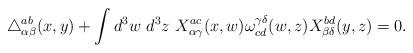
LaTeX: \begin{align*}\triangle_{\alpha \beta}^{ab} (x,y) + \int d^3 w~ d^3 z~ X_{\alpha \gamma}^{ac} (x,w) \omega^{\gamma \delta}_{cd} (w,z) X_{\beta \delta}^{bd} (y,z) = 0.\end{align*}